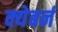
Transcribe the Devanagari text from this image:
क्येबर्न